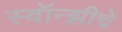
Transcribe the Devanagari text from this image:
स्वॉन्झीचे